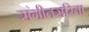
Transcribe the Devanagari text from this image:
संगीतसरिता